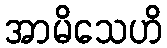
အာမိသေဟိ